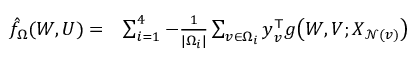
\begin{array} { r l } { \hat { f } _ { \Omega } ( { \boldsymbol W } , { \boldsymbol U } ) = } & { \sum _ { i = 1 } ^ { 4 } - \frac { 1 } { | \Omega _ { i } | } \sum _ { v \in \Omega _ { i } } { \boldsymbol y } _ { v } ^ { \top } { \boldsymbol g } \big ( { \boldsymbol W } , { \boldsymbol V } ; { \boldsymbol X } _ { \mathcal { N } ( v ) } \big ) } \end{array}